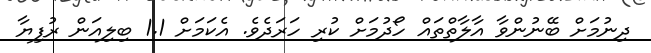
ދިނުމަށް ބޭނުންވާ އާލާތްތައް ހޯދުމަށް ކުރި ހަރަދެވެ. އެކަމަށް 1.1 ބިލިއަން ރުފިޔާ